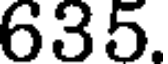
635.